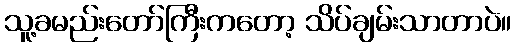
သူ့ခမည်းတော်ကြီးကတော့ သိပ်ချမ်းသာတာပဲ။